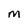
Character: M